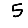
Digit: 5